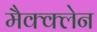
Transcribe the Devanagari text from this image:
मैक्क्लेन